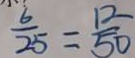
\frac { b } { 2 5 } = \frac { 1 2 } { 5 0 }